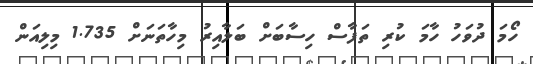
ހޯމަ ދުވަހު ހާމަ ކުރި ތަފާސް ހިސާބަށް ބަލާއިރު މިހާތަނަށް 1.735 މިލިއަން